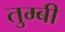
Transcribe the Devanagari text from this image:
तुम्बी